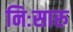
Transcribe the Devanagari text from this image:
निःसारु